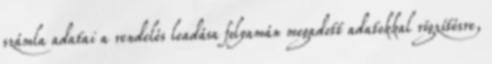
számla adatai a rendelés leadása folyamán megadott adatokkal rögzítésre,